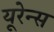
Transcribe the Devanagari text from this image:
यूरेन्स